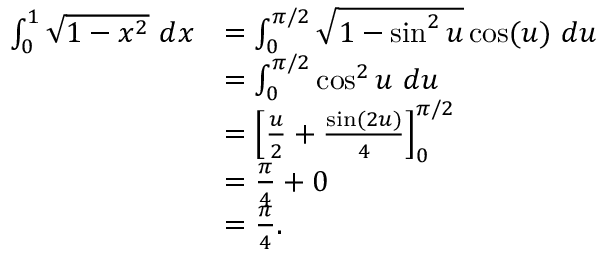
{ \begin{array} { r l } { \int _ { 0 } ^ { 1 } { \sqrt { 1 - x ^ { 2 } } } \ d x } & { = \int _ { 0 } ^ { \pi / 2 } { \sqrt { 1 - \sin ^ { 2 } u } } \cos ( u ) \ d u } \\ & { = \int _ { 0 } ^ { \pi / 2 } \cos ^ { 2 } u \ d u } \\ & { = \left[ { \frac { u } { 2 } } + { \frac { \sin ( 2 u ) } { 4 } } \right] _ { 0 } ^ { \pi / 2 } } \\ & { = { \frac { \pi } { 4 } } + 0 } \\ & { = { \frac { \pi } { 4 } } . } \end{array} }